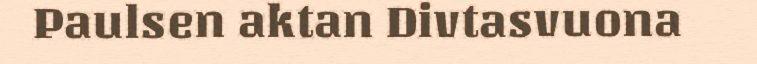
Paulsen aktan Divtasvuona